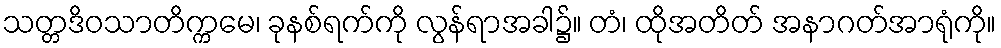
သတ္တဒိဝသာတိက္ကမေ၊ ခုနစ်ရက်ကို လွန်ရာအခါ၌။ တံ၊ ထိုအတိတ် အနာဂတ်အာရုံကို။